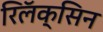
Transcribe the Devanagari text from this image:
रिलॅक्सिन